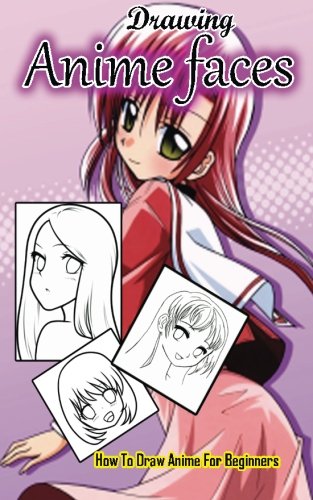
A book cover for Drawing Anime Faces: How To Draw Anime For Beginners: Drawing Anime And Manga Step By Step Guided Book (Anime Drawing Books); Gala Studio; Comics & Graphic Novels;